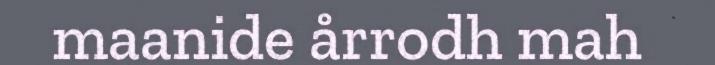
maanide årrodh mah